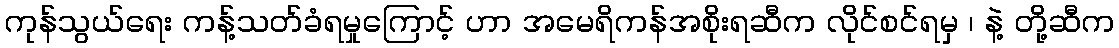
ကုန်သွယ်ရေး ကန့်သတ်ခံရမှုကြောင့် ဟာ အမေရိကန်အစိုးရဆီက လိုင်စင်ရမှ ၊ နဲ့ တို့ဆီက